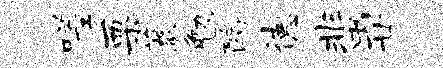
嗟栗薇勉酪德蜚廿